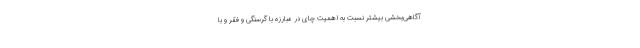
آگاهی‌بخشی بیشتر نسبت به اهمیت چای در مبارزه با گرسنگی و فقر و با